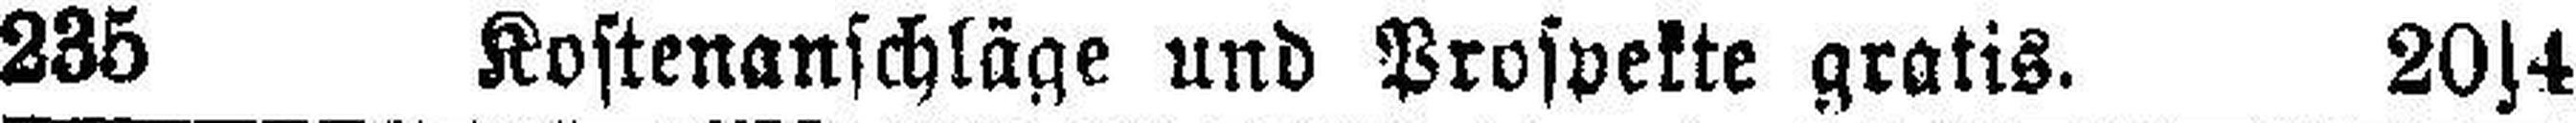
235 Kostenanschläge und Prospekte gratis. 20s4